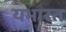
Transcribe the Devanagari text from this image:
यभारत